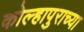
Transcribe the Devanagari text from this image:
कोल्हापुराच्या